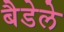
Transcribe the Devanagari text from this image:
बैडेले